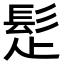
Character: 𩬄